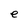
Character: e